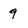
Character: 9